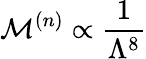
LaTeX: \mathcal{M}^{(n)}\propto\frac{1}{\Lambda^{8}}